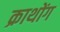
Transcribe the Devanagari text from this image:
क्राथोंग